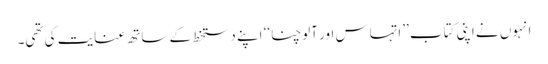
انہوں نے اپنی کتاب ’’اتہاس اور آلوچنا‘‘ اپنے دستخط کے ساتھ عنایت کی تھی۔